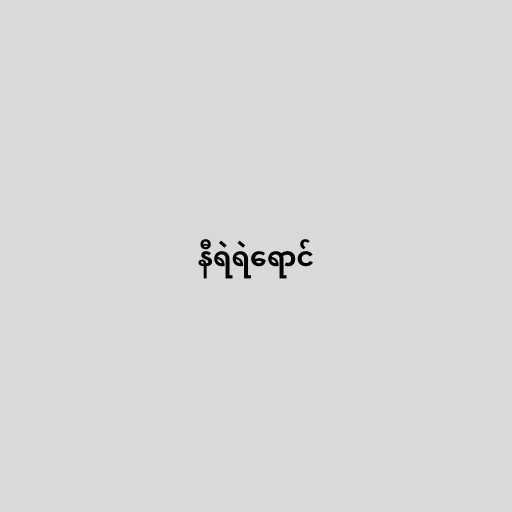
နီရဲရဲရောင်